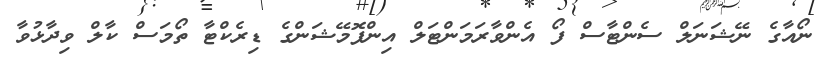
ނޯއާގެ ނޭޝަނަލް ސެންޓާސް ފޯ އެންވާރަމަންޓަލް އިންފޮމޭޝަންގެ ޑިރެކްޓާ ތޯމަސް ކާލް ވިދާޅުވާ